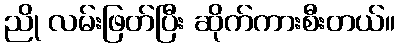
ညို လမ်းဖြတ်ပြီး ဆိုက်ကားစီးတယ်။